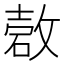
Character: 𰧋